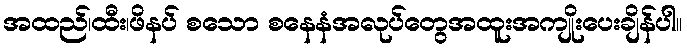
အထည်၊ထီး၊ဖိနပ် စသော စနေနံအလုပ်တွေအထူးအကျိုးပေးချိန်ပါ။